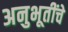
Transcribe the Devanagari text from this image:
अनुभूतींचे